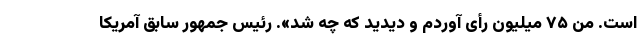
است. من ۷۵ میلیون رأی آوردم و دیدید که چه شد». رئیس جمهور سابق آمریکا